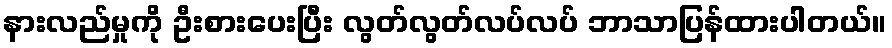
နားလည်မှုကို ဦးစားပေးပြီး လွတ်လွတ်လပ်လပ် ဘာသာပြန်ထားပါတယ်။